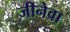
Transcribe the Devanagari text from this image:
जीनेवा